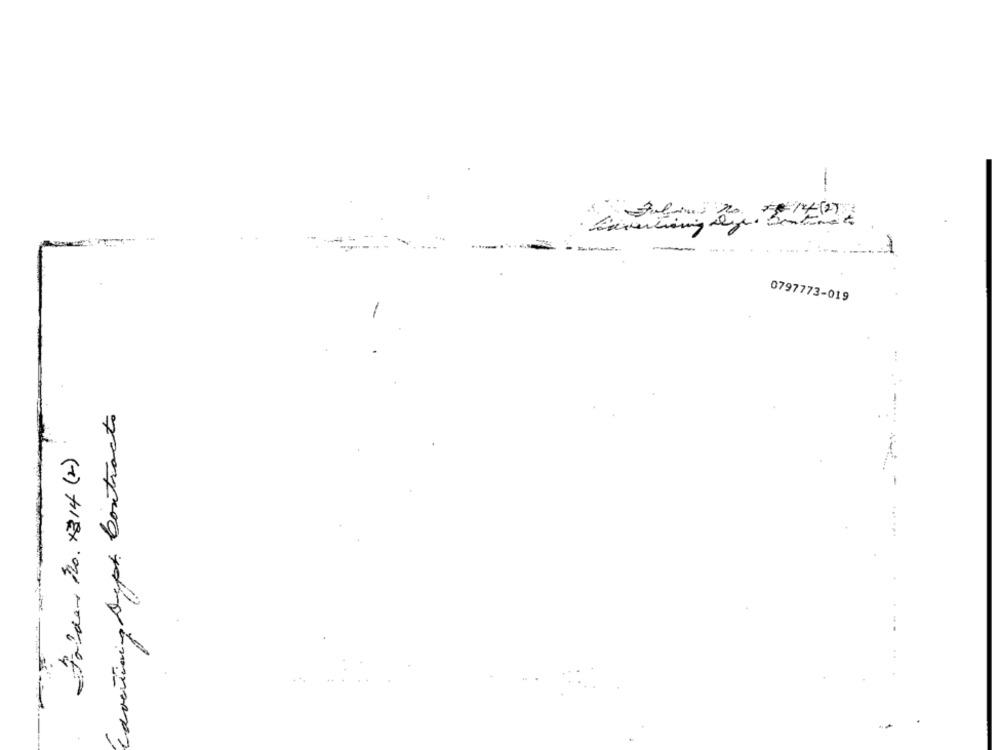
.... ...
0797773-019
. -..
Caverining Sept Contracto
-Folder No. x314 (2)
-